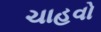
ચાહવો